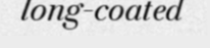
long-coated